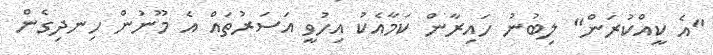
"އެ ކީއްކުރަން" ލިބުނު ހައިރާން ކަމާއެކު އިހުވީ އަސަރުތައް އެ މޫނުން ހިނދިގެން